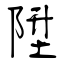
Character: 陞